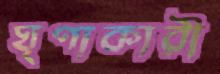
ঘৃণাকারী